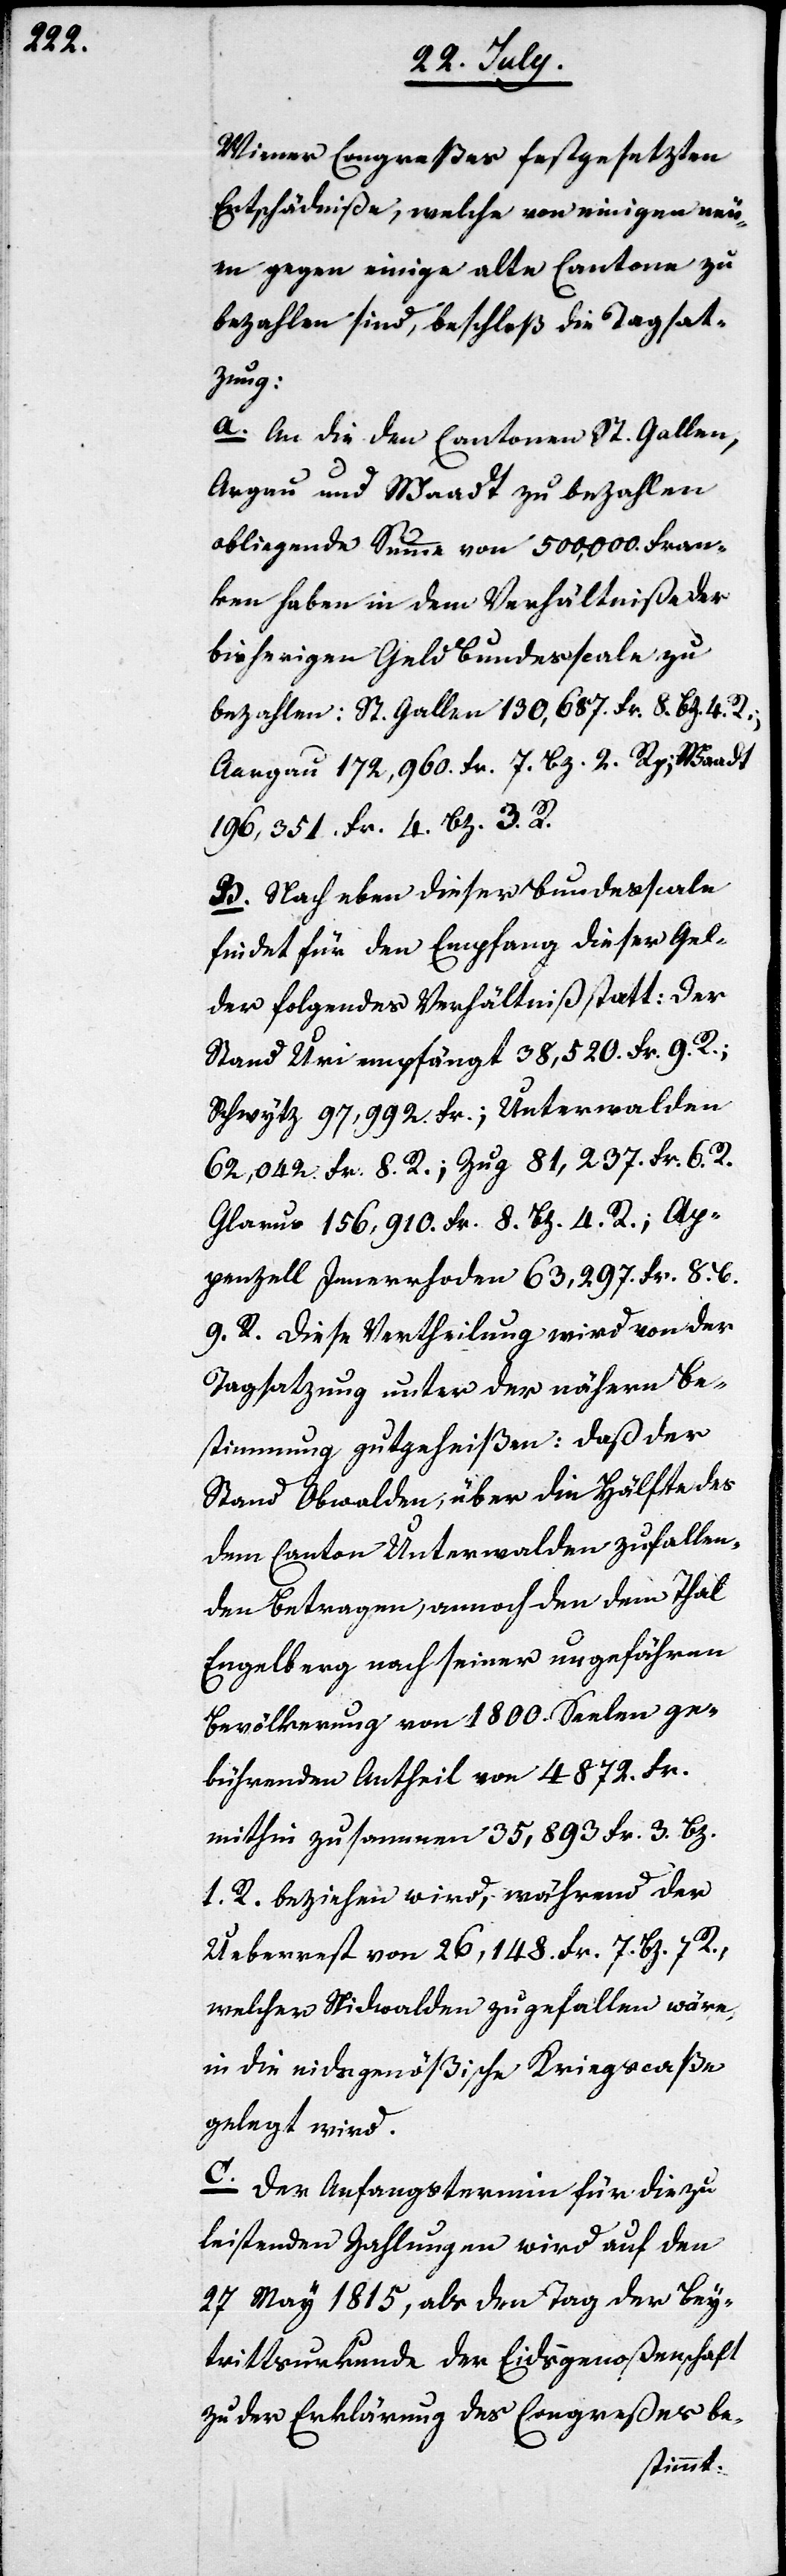
Wiener Congreßes festgesetzten
Entschädniße; welche von einigen neu¬
en gegen einige alte Cantone zu
bezahlen sind, beschloß die Tagsat¬
zung:
a. An die den Cantonen St. Gallen,
Argau und Waadt zu bezahlen
obligende Summe von 500,000. Fran¬
ken haben in dem Verhältniße der
bisherigen Geld-Bundesscala zu
bezahlen: St. Gallen 130,687. Fr. 8. Bz. 4. Rp.,
Aargau 172, 960. Fr. 7. Bz. 2. Rp., Waadt
196,351. Fr. 4. Bz. 3. Rp.
b. Nach eben dieser Bundesscala
findet für den Empfang dieser Gel¬
der folgendes Verhältniß statt: Der
Stand Uri empfängt 38,520. Fr. 9. R,
Schwytz 97,992. Fr.; Unterwalden
62,042. Fr.; Zug 81,237. Fr. 6. R.;
Glarus 156, 910. Fr. 8. Bz. 4. R; Ap¬
penzell Innerrhoden 63,297. Fr. 8. B.
9. R. Diese Vertheilung wird von der
Tagsatzung unter der nähern Be¬
stimmung gutgeheißen: daß der
Stand Obwalden über die Hälfte des
dem Canton Unterwalden zufallen¬
den Betragen, annoch den dem Thal
Engelberg nach seiner ungefähren
Bevölkerung von 1800. Seelen ge¬
bührenden Antheil von 4872. Fr.
mithin zusammen 35,893. Fr. 3. Bz.
1. R. beziehen wird, während während
Überrest von 26,148. Fr. 7. Bz. 7. R.,
welcher Nidwalden zugefallen wäre,
in die Eydsgenößische Kriegscaßa
gelegt wird.
c. Der Anfangstermin für die zu
leistende Zahlung wird auf den
27. May 1815, als den Tag der Bey¬
trittsurkunde der Eidsgenoßenschaft
zu der Erklärung des Congreßes